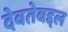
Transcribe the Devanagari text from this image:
देवतेबद्दल